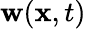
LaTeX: {\mathbf w}({\mathbf x},t)